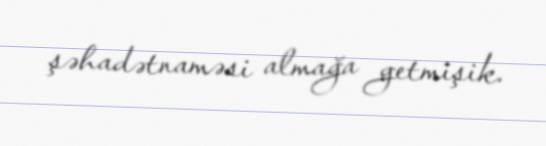
şəhadətnaməsi almağa getmişik.